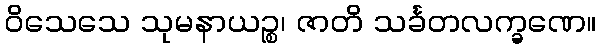
ဝိသေသေ သုမနာယဉ္စ၊ ဇာတိ သင်္ခတလက္ခဏေ။